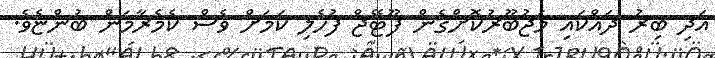
އަދި ބިރު ދައްކައި މަޖުބޫރުކޮށްގެން ފޫޓޭޖް ފުހެލި ކަމަށް ވެސް ކެމެރާމަން ބުންޏެވެ.